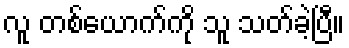
လူ တစ်ယောက်ကို သူ သတ်ခဲ့ပြီ။